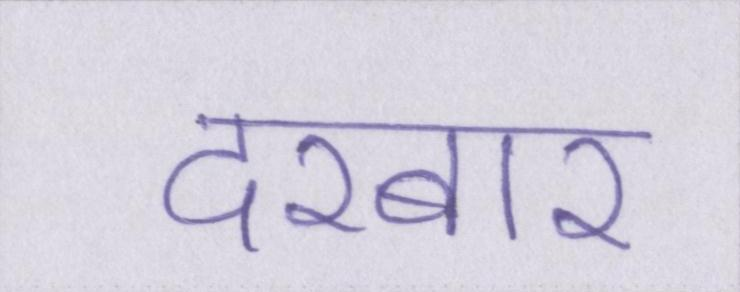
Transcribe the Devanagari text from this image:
दरबार